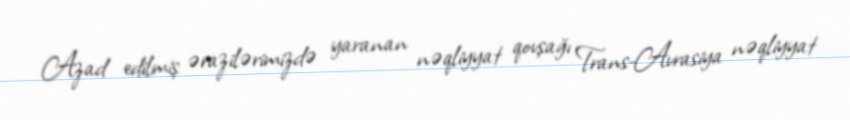
Azad edilmiş ərazilərimizdə yaranan nəqliyyat qovşağı Trans-Avrasiya nəqliyyat